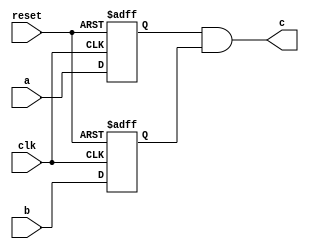
module test (
  input wire clk,
  input wire reset,
  
  input wire a,
  input wire b,
  
  output wire c
);

//This module delays the inputs & output and takes the logical AND of them 

reg a_reg;
reg b_reg;

//c is output wire
assign c = a_reg & b_reg;

//a & b regs should pass the a & b wires on the next cc
always @ (posedge clk or posedge reset)
  if (reset)
    begin
	  a_reg <= 1'b0;
	  b_reg <= 1'b0;
	end
  else
    begin
	  a_reg <= a;
	  b_reg <= b;
	end
	
endmodule